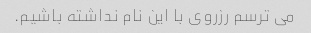
می ترسم رزروی با این نام نداشته باشیم.